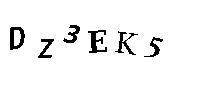
DZ3EK5